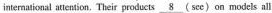
intemational atiertion, Their products \underline{8} (see) on models all